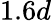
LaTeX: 1.6d